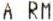
A RM